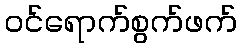
ဝင်ရောက်စွက်ဖက်